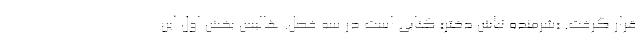
قرار گرفت. «شرمنده نباش دختر» کتابی است در سه فصل. هالیس بخش اول این